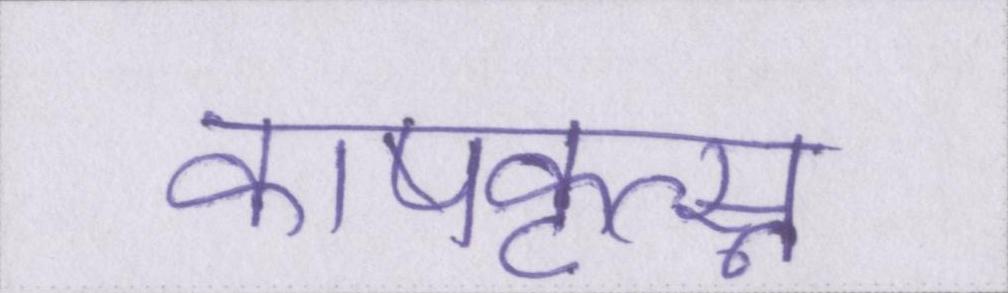
काषकृत्स्न